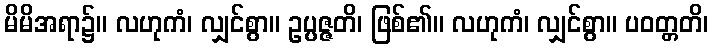
မိမိအရာ၌။ လဟုကံ၊ လျှင်စွာ။ ဥပ္ပဇ္ဇတိ၊ ဖြစ်၏။ လဟုကံ၊ လျှင်စွာ။ ပဝတ္တတိ၊